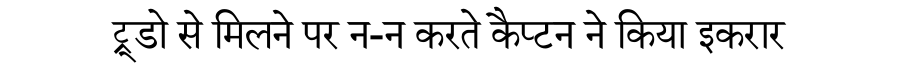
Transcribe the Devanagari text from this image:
ट्रूडो से मिलने पर न-न करते कैप्टन ने किया इकरार